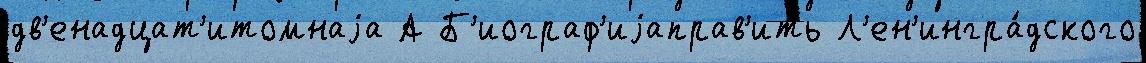
дв'енадцат'итомнаjа А Б'иограф'иjаправ'ить Л'ен'ингра́дского